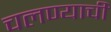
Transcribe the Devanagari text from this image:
चलण्याची